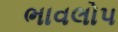
ભાવલોપ